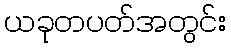
ယခုတပတ်အတွင်း